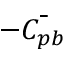
- \bar { C _ { p b } }